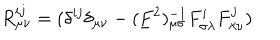
R _ { \mu \nu } ^ { i j } = ( \delta ^ { i j } \delta _ { \mu \nu } - ( \underline { { { F } } } ^ { 2 } ) _ { \mu \sigma } ^ { - 1 } F _ { \sigma \lambda } ^ { i } F _ { \lambda \nu } ^ { j } )